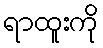
ရာထူးကို